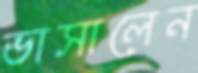
ভাসালেন